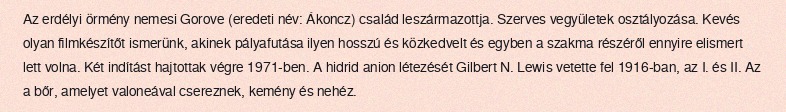
Az erdélyi örmény nemesi Gorove (eredeti név: Ákoncz) család leszármazottja. Szerves vegyületek osztályozása. Kevés olyan filmkészítőt ismerünk, akinek pályafutása ilyen hosszú és közkedvelt és egyben a szakma részéről ennyire elismert lett volna. Két indítást hajtottak végre 1971-ben. A hidrid anion létezését Gilbert N. Lewis vetette fel 1916-ban, az I. és II. Az a bőr, amelyet valoneával csereznek, kemény és nehéz.